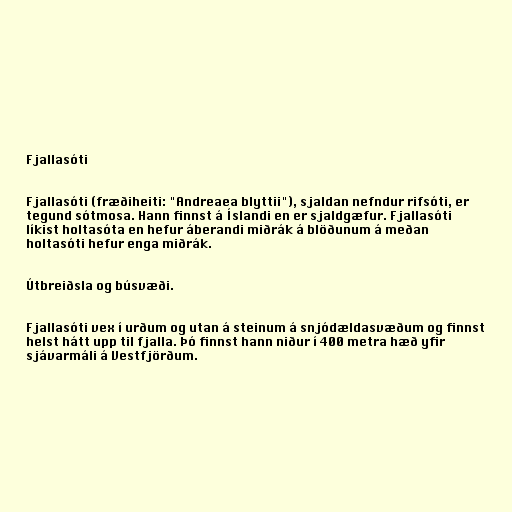
Fjallasóti

Fjallasóti (fræðiheiti: "Andreaea blyttii"), sjaldan nefndur rifsóti, er
tegund sótmosa. Hann finnst á Íslandi en er sjaldgæfur. Fjallasóti
líkist holtasóta en hefur áberandi miðrák á blöðunum á meðan
holtasóti hefur enga miðrák.

Útbreiðsla og búsvæði.

Fjallasóti vex í urðum og utan á steinum á snjódældasvæðum og finnst
helst hátt upp til fjalla. Þó finnst hann niður í 400 metra hæð yfir
sjávarmáli á Vestfjörðum.